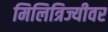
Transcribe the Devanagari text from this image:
मिलित्रिज्यीवर